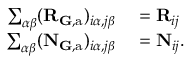
\begin{array} { r l } { \sum _ { \alpha \beta } ( \mathbf { R } _ { { \mathbf G } , \mathrm { a } } ) _ { i \alpha , j \beta } } & { { } = \mathbf { R } _ { i j } } \\ { \sum _ { \alpha \beta } ( \mathbf { N } _ { \mathbf { G } , \mathrm { a } } ) _ { i \alpha , j \beta } } & { { } = \mathbf { N } _ { i j } . } \end{array}